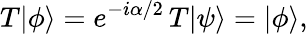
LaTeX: T\vert\phi\rangle=e^{-i\alpha/2}\, T\vert\psi\rangle=\vert\phi\rangle,